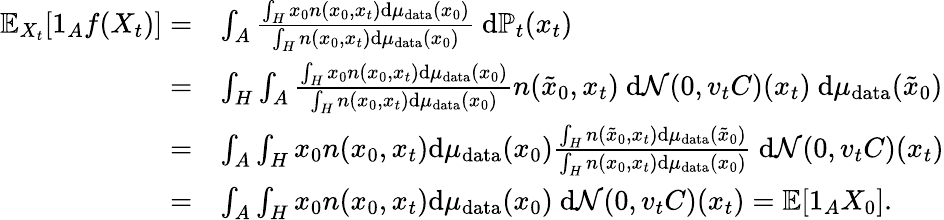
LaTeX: \begin{array}{rl}{\mathbb{E}_{X_{t}}[1_{A}f(X_{t})]=}&{\int_{A}\frac{\int_{H}x_{0}n(x_{0},x_{t})\mathrm{d}\mu_{\mathrm{data}}(x_{0})}{\int_{H}n(x_{0},x_{t})\mathrm{d}\mu_{\mathrm{data}}(x_{0})}~\mathrm{d}\mathbb{P}_{t}(x_{t})}\\ {=}&{\int_{H}\int_{A}\frac{\int_{H}x_{0}n(x_{0},x_{t})\mathrm{d}\mu_{\mathrm{data}}(x_{0})}{\int_{H}n(x_{0},x_{t})\mathrm{d}\mu_{\mathrm{data}}(x_{0})}n(\tilde{x}_{0},x_{t})~\mathrm{d}\mathcal{N}(0,v_{t}C)(x_{t})~\mathrm{d}\mu_{\mathrm{data}}(\tilde{x}_{0})}\\ {=}&{\int_{A}\int_{H}x_{0}n(x_{0},x_{t})\mathrm{d}\mu_{\mathrm{data}}(x_{0})\frac{\int_{H}n(\tilde{x}_{0},x_{t})\mathrm{d}\mu_{\mathrm{data}}(\tilde{x}_{0})}{\int_{H}n(x_{0},x_{t})\mathrm{d}\mu_{\mathrm{data}}(x_{0})}~\mathrm{d}\mathcal{N}(0,v_{t}C)(x_{t})}\\ {=}&{\int_{A}\int_{H}x_{0}n(x_{0},x_{t})\mathrm{d}\mu_{\mathrm{data}}(x_{0})~\mathrm{d}\mathcal{N}(0,v_{t}C)(x_{t})=\mathbb{E}[1_{A}X_{0}].}\end{array}